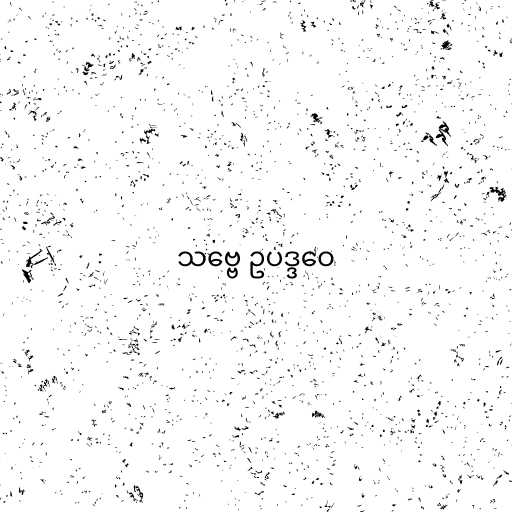
သဗ္ဗေ ဥပဒ္ဒဝေ